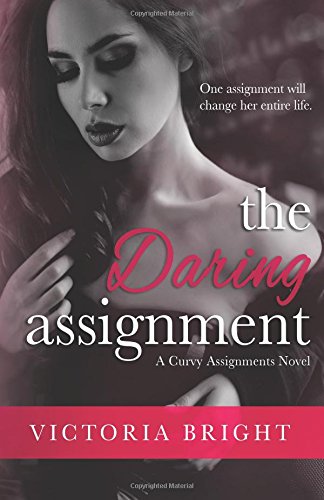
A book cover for The Daring Assignment (Curvy Assignments) (Volume 1); Victoria Bright; Romance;